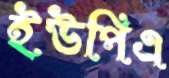
ইউপিএ